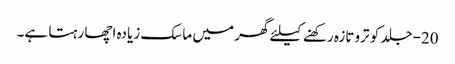
20-جلد کو تروتازہ رکھنے کیلئے گھر میں ماسک زیادہ اچھا رہتا ہے۔